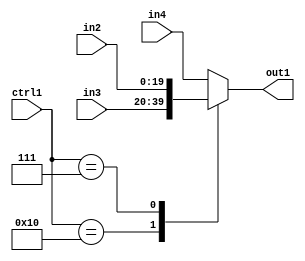
`timescale 1ps / 1ps
/*****************************************************************************
    Verilog RTL Description
    
    
    Created by: Stratus DpOpt 21.05.01 
*******************************************************************************/

module SobelFilter_N_Mux_20_3_12_4 (
	in4,
	in3,
	in2,
	ctrl1,
	out1
	); /* architecture "behavioural" */ 
input [19:0] in4,
	in3,
	in2;
input [4:0] ctrl1;
output [19:0] out1;
wire [19:0] asc001;

reg [19:0] asc001_tmp_0;
assign asc001 = asc001_tmp_0;
always @ (ctrl1 or in3 or in2 or in4) begin
	casez (ctrl1)
		5'B10000 : asc001_tmp_0 = in3 ;
		5'B00111 : asc001_tmp_0 = in2 ;
		default : asc001_tmp_0 = in4 ;
	endcase
end

assign out1 = asc001;
endmodule

/* CADENCE  v7P3TQw= : u9/ySxbfrwZIxEzHVQQV8Q== ** DO NOT EDIT THIS LINE ******/